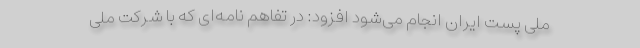
ملی پست ایران انجام می‌شود افزود: در تفاهم نامه‌ای که با شرکت ملی